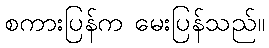
စကားပြန်က မေးပြန်သည်။